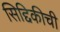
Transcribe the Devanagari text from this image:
सिद्दिकीची